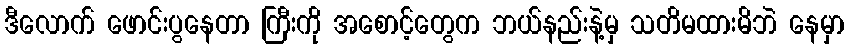
ဒီလောက် ဖောင်းပွနေတာ ကြီးကို အစောင့်တွေက ဘယ်နည်းနဲ့မှ သတိမထားမိဘဲ နေမှာ